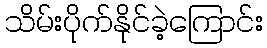
သိမ်းပိုက်နိုင်ခဲ့ကြောင်း